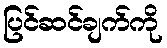
ပြင်ဆင်ချက်ကို